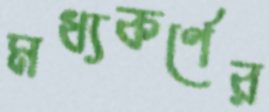
মধ্যকর্ণের